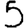
Digit: 5